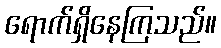
ရောက်ရှိနေကြသည်။